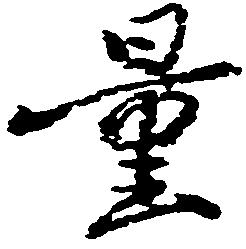
量